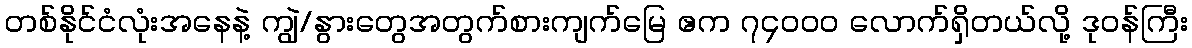
တစ်နိုင်ငံလုံးအနေနဲ့ ကျွဲ/နွားတွေအတွက်စားကျက်မြေ ဧက ၇၄၀၀၀ လောက်ရှိတယ်လို့ ဒုဝန်ကြီး